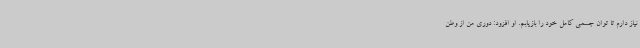
نیاز دارم تا توان جسمی کامل خود را بازیابم. او افزود: دوری من از وطن